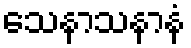
သေနာသနာနံ